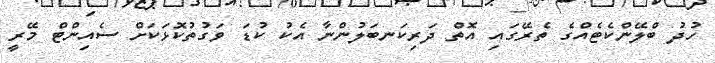
ހުދު ބްލޭންކެޓެެއްގެ ތެރޭގައި އޮތް ދަރިކަނބަލުންނާ އެކު ކުޑަ ވަގުތުކޮޅަކަށް ސެއިންޓް މޭރީ